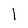
Character: l